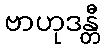
ဗာဟုဒန္တီ